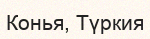
Конья, Түркия